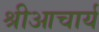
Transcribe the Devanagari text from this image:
श्रीआचार्य